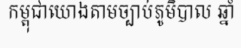
កម្ពុជាយោងតាមច្បាប់ភូមិបាល ឆ្នាំ